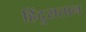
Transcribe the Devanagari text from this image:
हिंदुसतान